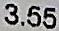
3.55